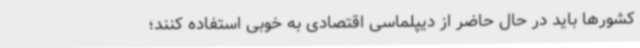
کشورها باید در حال حاضر از دیپلماسی اقتصادی به خوبی استفاده کنند؛